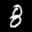
Label: 8